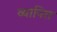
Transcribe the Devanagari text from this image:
व्यापित